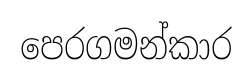
පෙරගමන්කාර